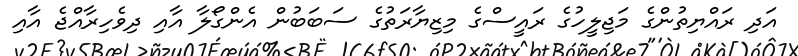
އަދި ރައްޔިތުންގެ މަޖިލީހުގެ ރައީސްގެ މިޒިޔާރަތުގެ ސަބަބުން އެންގޯލާ އާއި ދިވެހިރާއްޖެ އާއި